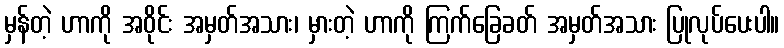
မှန်တဲ့ ဟာကို အဝိုင်း အမှတ်အသား၊ မှားတဲ့ ဟာကို ကြက်ခြေခတ် အမှတ်အသား ပြုလုပ်ပေးပါ။